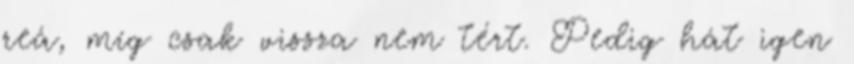
reá, míg csak vissza nem tért. Pedig hát igen